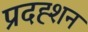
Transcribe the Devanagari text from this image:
प्रदह्शन